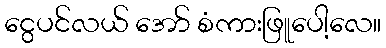
ငွေပင်လယ် အော် စံကားဖြူပေါ့လေ။